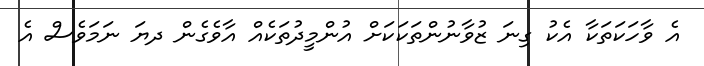
އެ ވާހަކަތަކާ އެކު ގިނަ ޒުވާނުންތަކަކަށް އުންމީދުތަކެއް އާވެގެން ދޔަ ނަމަވެސް އެ